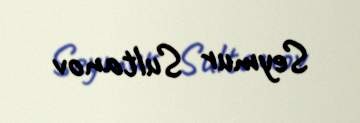
Seymur Sultanov